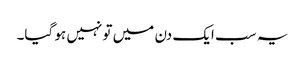
یہ سب ایک دن میں تو نہیں ہو گیا۔